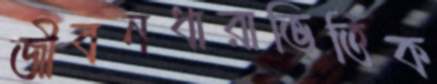
জীবনধারাভিত্তিক